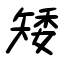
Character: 矮